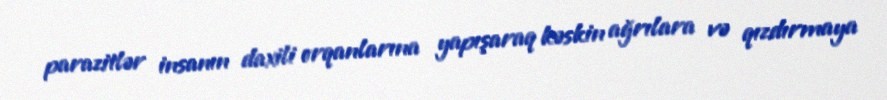
parazitlər insanın daxili orqanlarına yapışaraq kəskin ağrılara və qızdırmaya